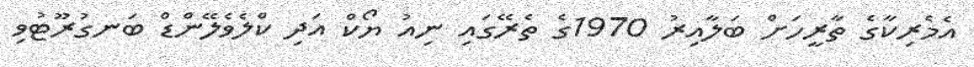
އެމެރިކާގެ ތާރީހަށް ބަލާއިރު 1970ގެ ތެރޭގައި ނިއު ޔޯކް އަދި ކްލެވެލޭންޑް ބަނގުރޫޓުވި